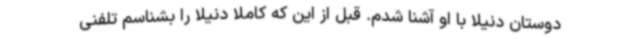
دوستان دنیلا با او آشنا شدم. قبل از این که کاملا دنیلا را بشناسم تلفنی